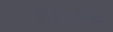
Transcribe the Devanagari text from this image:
दुग्धप्रक्रिया